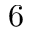
6